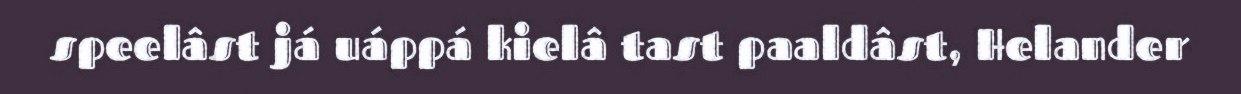
speelâst já uáppá kielâ tast paaldâst, Helander